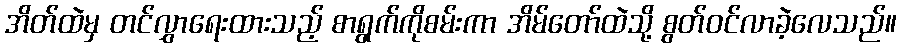
အိတ်ထဲမှ တင်လွှာရေးထားသည့် စာရွက်ကိုစမ်းကာ အိမ်တော်ထဲသို့ စွတ်ဝင်လာခဲ့လေသည်။